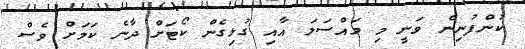
ކުންފުނިން ވަނީ މި މައްސަލަ އާއި ގުޅިގެން ކޯޓަށް ދާނެ ކަމަށް ވެސް